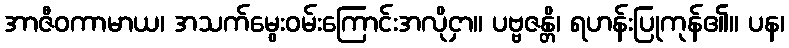
အာဇီဝကာမာယ၊ အသက်မွေးဝမ်းကြောင်းအလိုငှာ။ ပဗ္ဗဇန္တိ၊ ရဟန်းပြုကုန်၏။ ပန၊